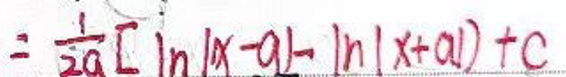
$= \frac{1}{2a} [ \ln | x - a | - \ln | x + a | ] + c$